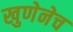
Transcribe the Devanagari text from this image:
खुणेनेच